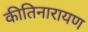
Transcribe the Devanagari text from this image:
कीतिनारायण